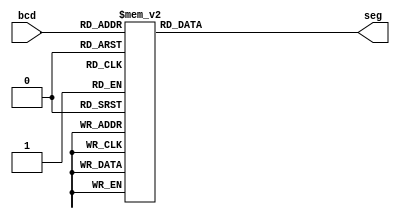
/*
 *		Module		:	7-Segment Block
 * 	Description	: 	The indiviual block manages connected on-board 
 *							segment displays
 *		Inputs		: 	bcd	=> BCD number to display
 *
 *		Outputs		: 	seg	=> 7-bit control signal to realize BCD
										number on the display
 *		Owner			: 	Ataberk KL
 */

module Segment7(
     input [3:0] bcd,
     output reg[6:0] seg
    );
     
    always @(bcd)
    begin
        case (bcd)
				4'h0: 	seg = 7'b1000000;
				4'h1: 	seg = 7'b1111001;		// ---t----
				4'h2: 	seg = 7'b0100100; 	// |	  |
				4'h3: 	seg = 7'b0110000; 	// lt	 rt
				4'h4: 	seg = 7'b0011001; 	// |	  |
				4'h5: 	seg = 7'b0010010; 	// ---m----
				4'h6: 	seg = 7'b0000010; 	// |	  |
				4'h7: 	seg = 7'b1111000; 	// lb	 rb
				4'h8: 	seg = 7'b0000000; 	// |	  |
				4'h9: 	seg = 7'b0011000; 	// ---b----
				default: seg = 7'b1111111;
        endcase
    end
    
endmodule